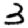
Digit: 3